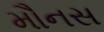
મૌનસ